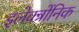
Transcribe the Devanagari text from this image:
इलेक्त्रोंनिक